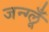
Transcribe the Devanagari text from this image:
जन्ग्लूँ